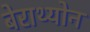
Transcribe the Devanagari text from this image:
बेराथ्योन